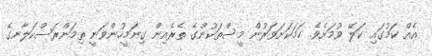
އެއް ކަމުގައި ކަލޭ ވުމަށެވެ. ހަމަކަށަވަރުން މީސްތަކުންގެ ތެރެއިން ގިނަމީހުންވަނީ ތިމަންރަސްކަލާނގެ